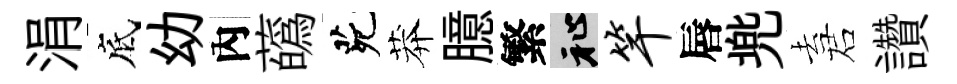
涓底幼內蘤茕莽臆繁祉竿唇兠去诺讚